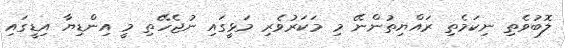
ލޮބުވެތި ނިކަމެތި ރައްޔިތުންނޭ މި މަކަރުވެރި މަޅީގައި ނުޖެހޭތި މީ އިންޑިޔާ އިޑީގައި